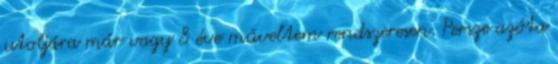
utoljára már vagy 8 éve műveltem rendszeresen. Persze azóta